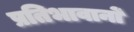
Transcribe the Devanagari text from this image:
प्रतिभावानों